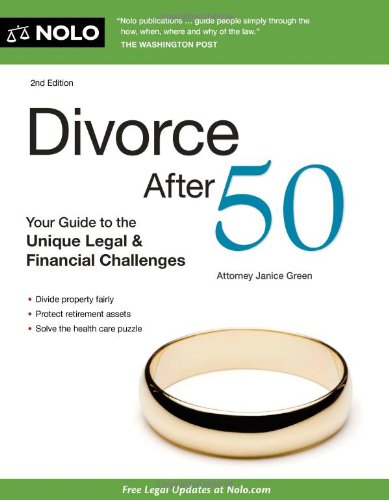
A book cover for Divorce After 50: Your Guide to the Unique Legal & Financial Challenges; Janice Green; Parenting & Relationships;